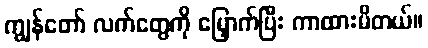
ကျွန်တော် လက်တွေကို မြှောက်ပြီး ကာထားမိတယ်။